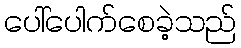
ပေါ်ပေါက်စေခဲ့သည်